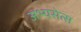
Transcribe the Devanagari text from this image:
अभ्यसेत्स